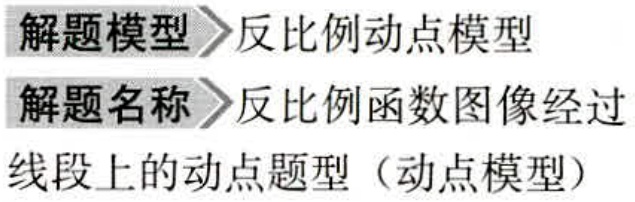
\begin{description}
\item[解题模型] 反比例动点模型
\item[解题名称] 反比例函数图像经过线段上的动点题型（动点模型）
\end{description}